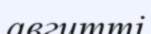
авгитті